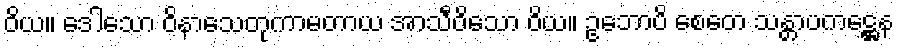
ဝိယ။ ဒေါသော ဝိနာသေတုကာမတာယ အာသီဝိသော ဝိယ။ ဥဘောပိ စေတေ သန္တာပကဋ္ဌေန